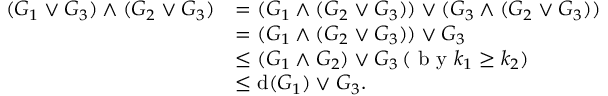
\begin{array} { r l } { ( G _ { 1 } \vee G _ { 3 } ) \wedge ( G _ { 2 } \vee G _ { 3 } ) } & { = ( G _ { 1 } \wedge ( G _ { 2 } \vee G _ { 3 } ) ) \vee ( G _ { 3 } \wedge ( G _ { 2 } \vee G _ { 3 } ) ) } \\ & { = ( G _ { 1 } \wedge ( G _ { 2 } \vee G _ { 3 } ) ) \vee G _ { 3 } } \\ & { \leq ( G _ { 1 } \wedge G _ { 2 } ) \vee G _ { 3 } \, ( \textrm { b y } k _ { 1 } \geq k _ { 2 } ) } \\ & { \leq \mathrm { d } ( G _ { 1 } ) \vee G _ { 3 } . } \end{array}